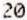
20